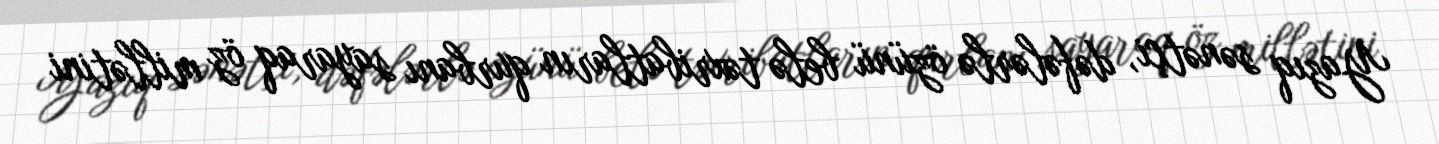
Yazıq sənətçi, dəfələrlə özünü belə təxribatların qurbanı sayaraq öz millətini